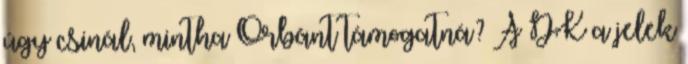
úgy csinál, mintha Orbánt támogatná? A DK a jelek